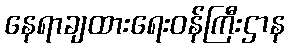
နေရာချထားရေးဝန်ကြီးဌာန